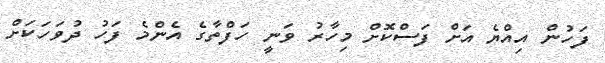
ފަހުން އިއްޔެ އަށް ފަސްކޮށް މިހާރު ވަނީ ހަފްތާގެ އެންމެ ފަހު ދުވަހަކަށް